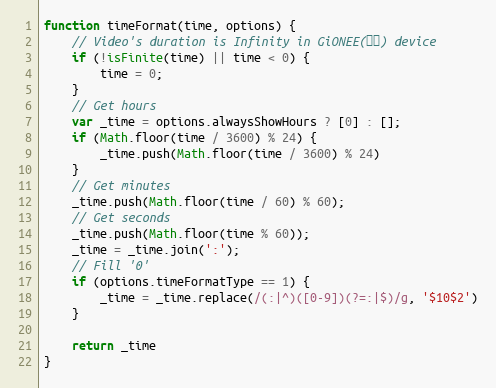
Language: JavaScript
function timeFormat(time, options) {
	// Video's duration is Infinity in GiONEE(金立) device
	if (!isFinite(time) || time < 0) {
		time = 0;
	}
	// Get hours
	var _time = options.alwaysShowHours ? [0] : [];
	if (Math.floor(time / 3600) % 24) {
		_time.push(Math.floor(time / 3600) % 24)
	}
	// Get minutes
	_time.push(Math.floor(time / 60) % 60);
	// Get seconds
	_time.push(Math.floor(time % 60));
	_time = _time.join(':');
	// Fill '0'
	if (options.timeFormatType == 1) {
		_time = _time.replace(/(:|^)([0-9])(?=:|$)/g, '$10$2')
	}

	return _time
}